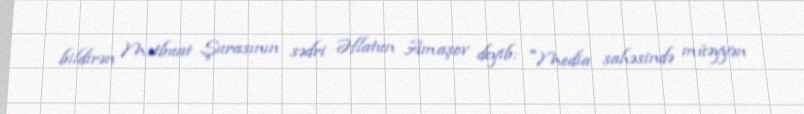
bildirən Mətbuat Şurasının sədri Əflatun Amaşov deyib: "Media sahəsində müəyyən